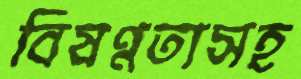
বিষণ্নতাসহ